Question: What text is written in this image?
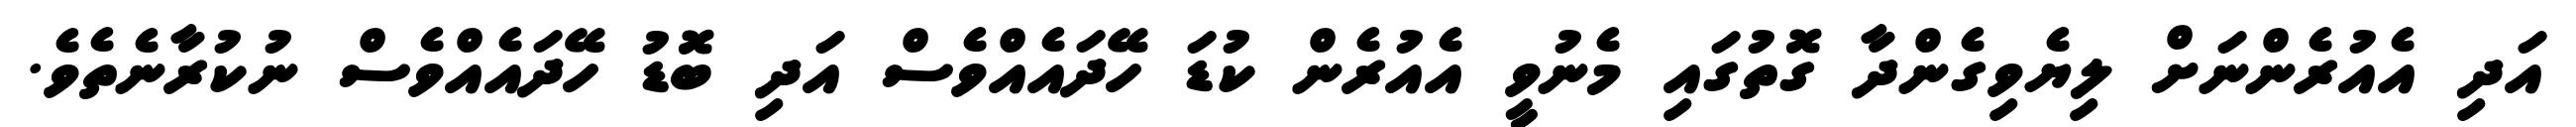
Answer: އަދި އެއުރެންނަށް ލިޔެވިގެންދާ ގޮތުގައި މެނުވީ އެއުރެން ކުޑަ ހޭދައެއްވެސް އަދި ބޮޑު ހޭދައެއްވެސް ނުކުރާނެތެވެ.